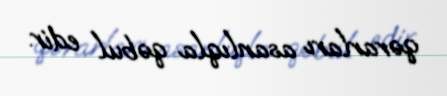
qərarları asanlıqla qəbul edir.